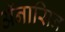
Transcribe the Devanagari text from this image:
ॲनासिन